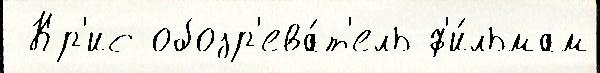
 Кр'ис обозр'ева́т'ель ф'и́льмам